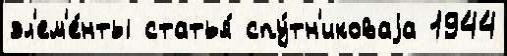
эл'ем'е́нты статья́ спу́тн'иковаjа 1944